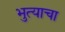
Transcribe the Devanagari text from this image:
भुत्याचा